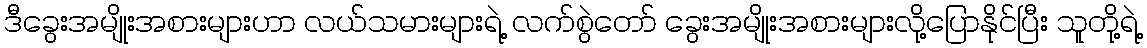
ဒီခွေးအမျိုးအစားများဟာ လယ်သမားများရဲ့ လက်စွဲတော် ခွေးအမျိုးအစားများလို့ပြောနိုင်ပြီး သူတို့ရဲ့